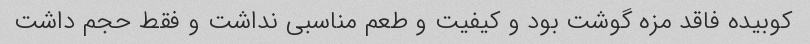
کوبیده فاقد مزه گوشت بود و کیفیت و طعم مناسبی نداشت و فقط حجم داشت